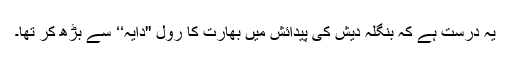
یہ درست ہے کہ بنگلہ دیش کی پیدائش میں بھارت کا رول ''دایہ‘‘ سے بڑھ کر تھا۔